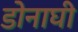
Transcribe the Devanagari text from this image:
डोनाघी